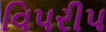
વિપરીપ